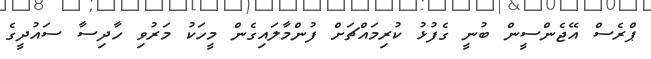
ޕްރެސް އޭޖެންސީން ބުނީ ގެފުޅު ކުރިމައްޗަށް ފުންމާލައިގެން މީހަކު މަރުވި ހާދިސާ ސައުދީގެ